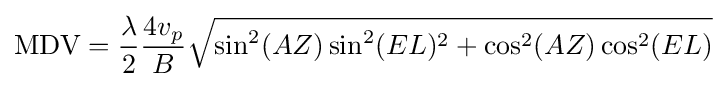
{\text{MDV}}={\frac {\lambda }{2}}{\frac {4v_{p}}{B}}{\sqrt {\sin ^{2}(AZ)\sin ^{2}(EL)^{2}+\cos ^{2}(AZ)\cos ^{2}(EL)}}